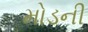
મોડની